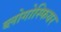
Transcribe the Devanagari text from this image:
ब्लोगोस्फियर